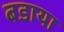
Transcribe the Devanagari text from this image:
बडाया